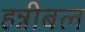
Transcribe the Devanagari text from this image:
हन्नीबल